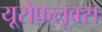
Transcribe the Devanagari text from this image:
यूरोफ़्लूक्स